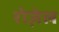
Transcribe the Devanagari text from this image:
रोज़ेल